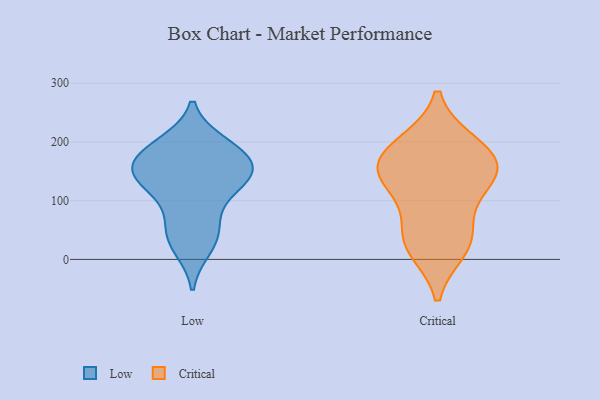
{"axis": {"x": "Revenue (USD Million)", "y": "Value"}, "legend": ["Critical", "Low"], "data": [{"x": "", "y": 139, "type": "Low"}, {"x": "", "y": 150, "type": "Low"}, {"x": "", "y": 67, "type": "Low"}, {"x": "", "y": 31, "type": "Low"}, {"x": "", "y": 144, "type": "Low"}, {"x": "", "y": 20, "type": "Low"}, {"x": "", "y": 180, "type": "Low"}, {"x": "", "y": 169, "type": "Low"}, {"x": "", "y": 197, "type": "Low"}, {"x": "", "y": 175, "type": "Low"}, {"x": "", "y": 195, "type": "Low"}, {"x": "", "y": 114, "type": "Low"}, {"x": "", "y": 54, "type": "Low"}, {"x": "", "y": 134, "type": "Low"}, {"x": "", "y": 137, "type": "Low"}, {"x": "", "y": 140, "type": "Critical"}, {"x": "", "y": 31, "type": "Critical"}, {"x": "", "y": 19, "type": "Critical"}, {"x": "", "y": 105, "type": "Critical"}, {"x": "", "y": 197, "type": "Critical"}, {"x": "", "y": 42, "type": "Critical"}, {"x": "", "y": 193, "type": "Critical"}, {"x": "", "y": 158, "type": "Critical"}, {"x": "", "y": 153, "type": "Critical"}, {"x": "", "y": 154, "type": "Critical"}]}